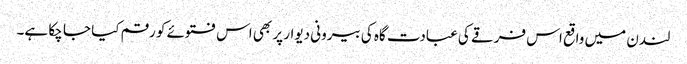
لندن میں واقع اس فرقے کی عبادت گاہ کی بیرونی دیوار پر بھی اس فتوئے کو رقم کیا جا چکا ہے۔